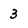
Character: 3